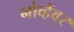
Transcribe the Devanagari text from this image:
नोव्हेंवर